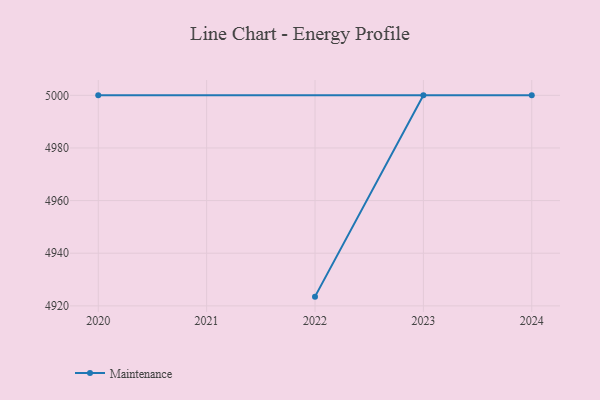
{"axis": {"x": "Year", "y": "Inventory Turnover"}, "legend": ["Maintenance"], "data": [{"x": "2022", "y": 4923.5, "type": "Maintenance"}, {"x": "2023", "y": 5000, "type": "Maintenance"}, {"x": "2024", "y": 5000, "type": "Maintenance"}, {"x": "2020", "y": 5000, "type": "Maintenance"}]}